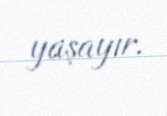
yaşayır.